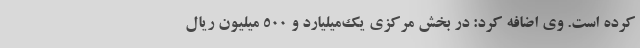
کرده است. وی اضافه کرد: در بخش مرکزی یک‌میلیارد و ۵۰۰ میلیون ریال